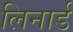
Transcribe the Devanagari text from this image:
लिनार्ड